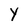
Character: Y